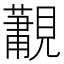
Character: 𮗛